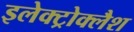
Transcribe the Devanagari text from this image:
इलेक्ट्रोक्लैश